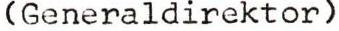
(Generaldirektor)